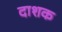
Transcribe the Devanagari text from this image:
दाशक